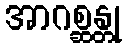
အာဂစ္ဆန္တု